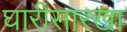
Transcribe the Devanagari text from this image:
घारीसारखा